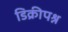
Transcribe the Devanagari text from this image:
डिक्रीपश्न